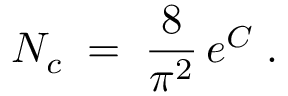
N _ { c } \; = \; \frac { 8 } { \pi ^ { 2 } } \, e ^ { C } \; .